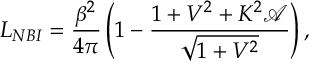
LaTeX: L _ { N B I } = \frac { \beta ^ { 2 } } { 4 \pi } \left( 1 - \frac { 1 + V ^ { 2 } + K ^ { 2 } \mathcal { A } } { \sqrt { 1 + V ^ { 2 } } } \right) ,